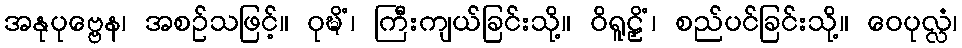
အနုပုဗ္ဗေန၊ အစဉ်သဖြင့်။ ဝုဍ္ဎိံ၊ ကြီးကျယ်ခြင်းသို့။ ဝိရူဠှိံ၊ စည်ပင်ခြင်းသို့။ ဝေပုလ္လံ၊